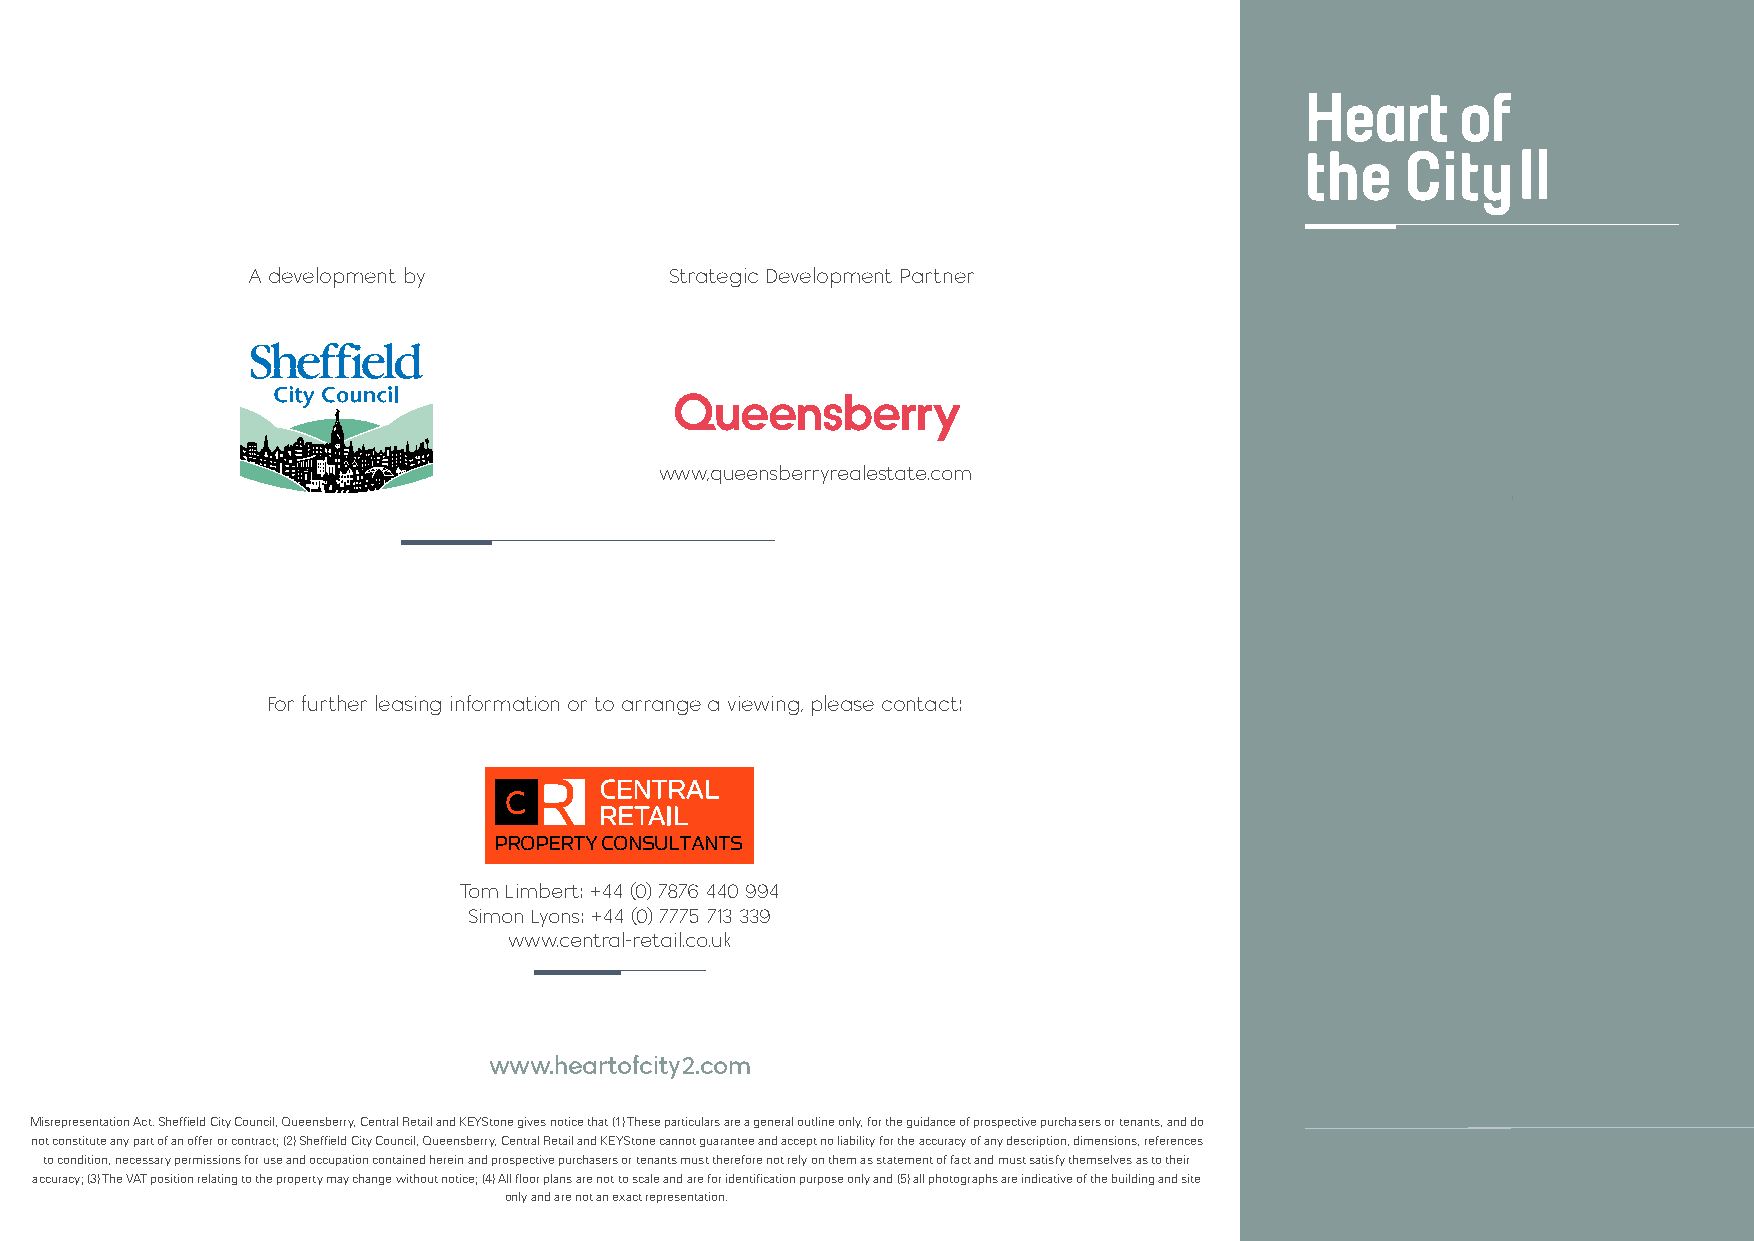
Heart      of
 the    City
 A development by            Strategic Development Partner
 www,queensberryrealestate.com
 For further leasing information or to arrange a viewing, please contact:
 R
 C
 PROPERTY CONSULTANTS
 Tom Limbert: +44 (0) 7876 440 994
 WWW.CENTRAL-RETAIL.CO.UK
 Simon Lyons: +44 (0) 7775 713 339
 www.central-retail.co.uk
 www.heartofcity2.com
 Misrepresentation Act. Sheffield City Council, Queensberry, Central Retail and KEYStone gives notice that (1) These particulars are a general outline only, for the guidance of prospective purchasers or tenants, and do
 not constitute any part of an offer or contract; (2) Sheffield City Council, Queensberry, Central Retail and KEYStone cannot guarantee and accept no liability for the accuracy of any description, dimensions, references
 to condition, necessary permissions for use and occupation contained herein and prospective purchasers or tenants must therefore not rely on them as statement of fact and must satisfy themselves as to their
 accuracy; (3) The VAT position relating to the property may change without notice; (4) All floor plans are not to scale and are for identification purpose only and (5) all photographs are indicative of the building and site
 only and are not an exact representation.